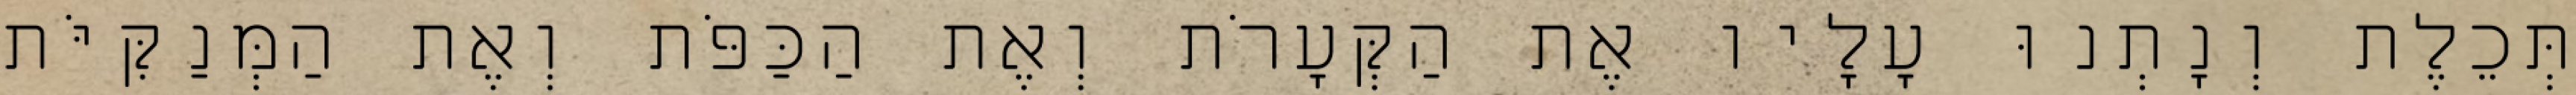
תְּכֵלֶת וְנָתְנוּ עָלָיו אֶת הַקְּעָרֹת וְאֶת הַכַּפֹּת וְאֶת הַמְּנַקִּיֹּת